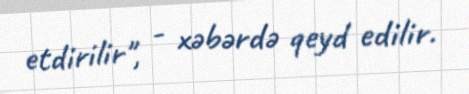
etdirilir", - xəbərdə qeyd edilir.